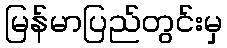
မြန်မာပြည်တွင်းမှ